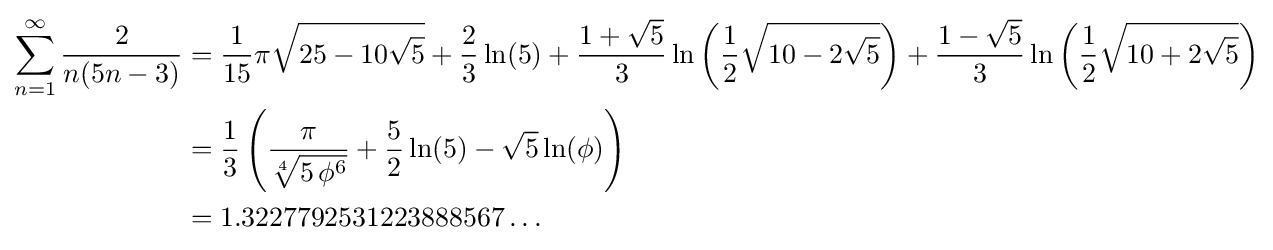
{\begin{aligned}\sum _{n=1}^{\infty }{\frac {2}{n(5n-3)}}&={\frac {1}{15}}{\pi }{\sqrt {25-10{\sqrt {5}}}}+{\frac {2}{3}}\ln(5)+{\frac {{1}+{\sqrt {5}}}{3}}\ln \left({\frac {1}{2}}{\sqrt {10-2{\sqrt {5}}}}\right)+{\frac {{1}-{\sqrt {5}}}{3}}\ln \left({\frac {1}{2}}{\sqrt {10+2{\sqrt {5}}}}\right)\\&={\frac {1}{3}}\left({\frac {\pi }{\sqrt[{4}]{5\,\phi ^{6}}}}+{\frac {5}{2}}\ln(5)-{\sqrt {5}}\ln(\phi )\right)\\&=1.3227792531223888567\dots \end{aligned}}